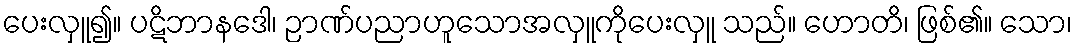
ပေးလှူ၍။ ပဋိဘာနဒေါ၊ ဉာဏ်ပညာဟူသောအလှူကိုပေးလှူ သည်။ ဟောတိ၊ ဖြစ်၏။ သော၊